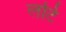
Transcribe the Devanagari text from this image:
लटि